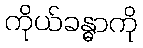
ကိုယ်ခန္ဓာကို